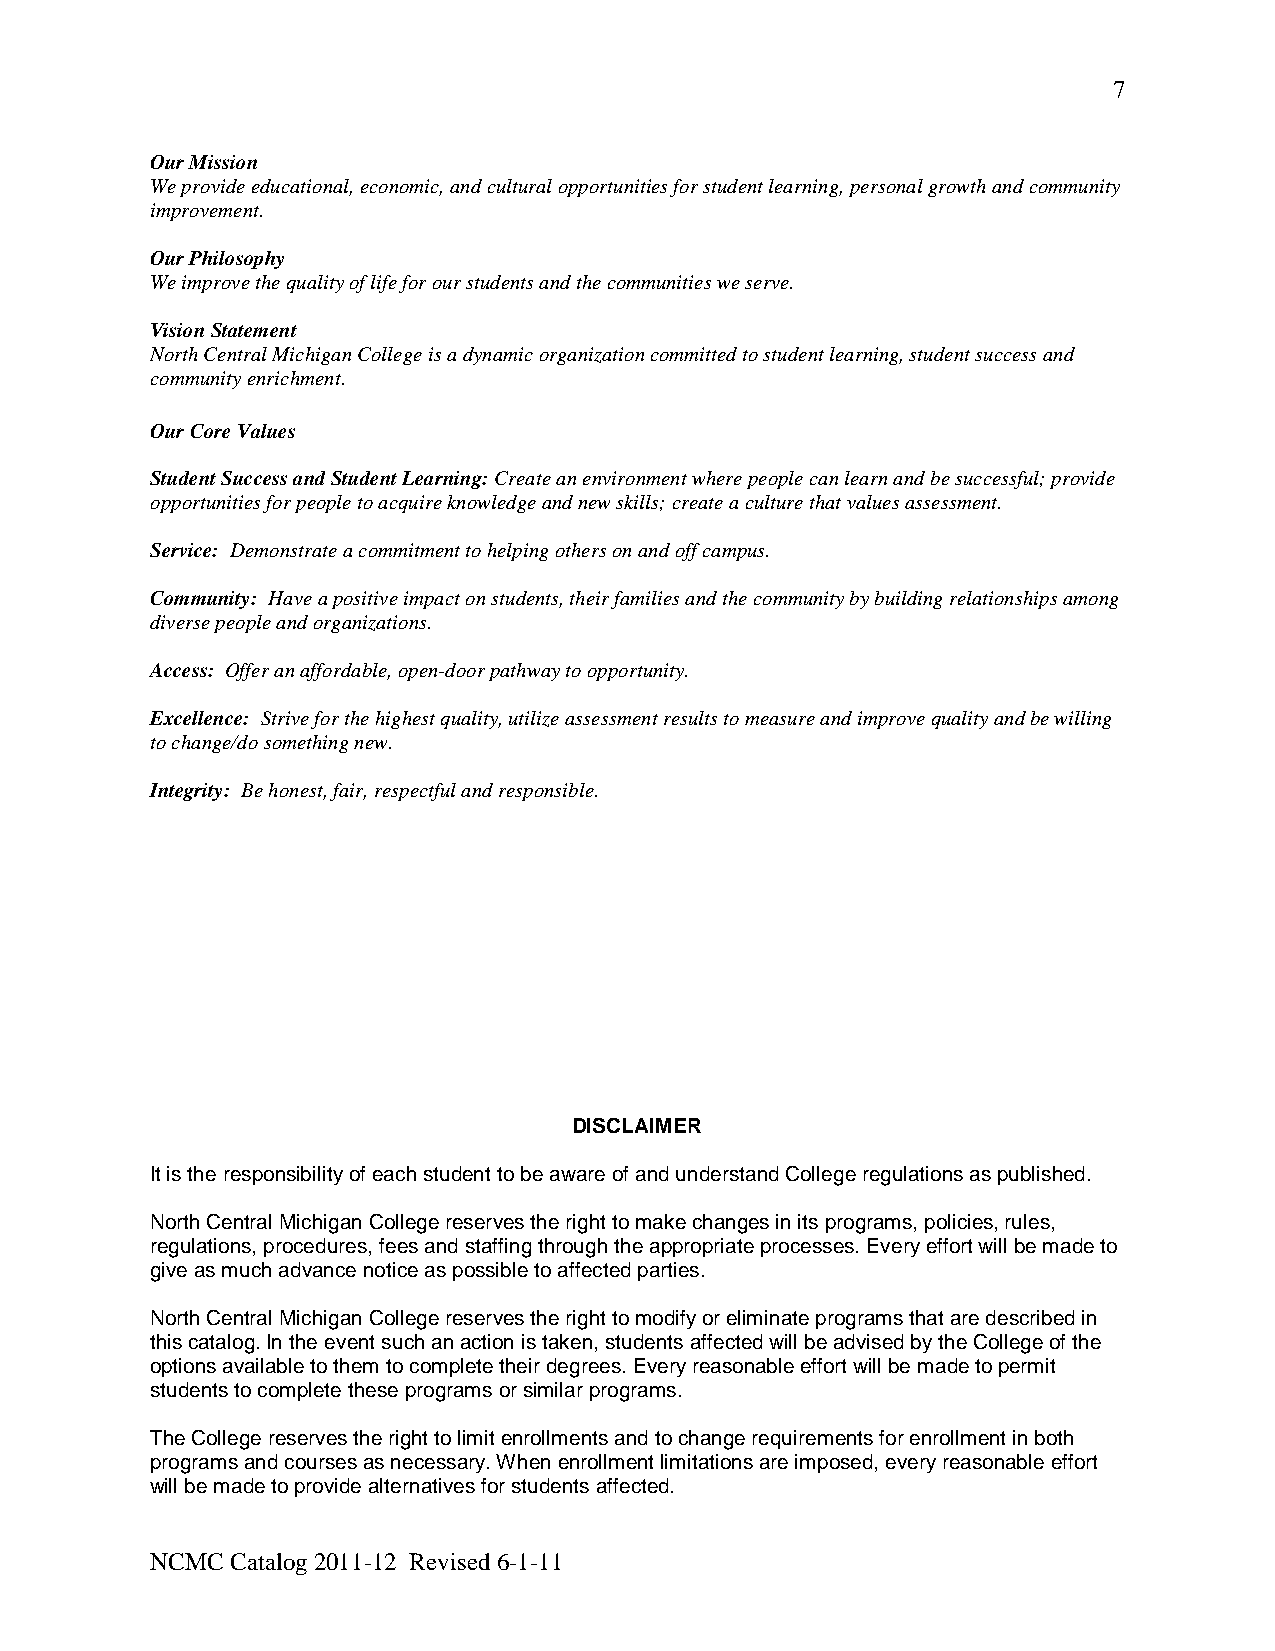
7
 Our Mission
 We provide educational, economic, and cultural opportunities for student learning, personal growth and community
 improvement.
 Our Philosophy
 We improve the quality of life for our students and the communities we serve.
 Vision Statement
 North Central Michigan College is a dynamic organization committed to student learning, student success and
 community enrichment.
 Our Core Values
 Student Success and Student Learning: Create an environment where people can learn and be successful; provide
 opportunities for people to acquire knowledge and new skills; create a culture that values assessment.
 Service: Demonstrate a commitment to helping others on and off campus.
 Community: Have a positive impact on students, their families and the community by building relationships among
 diverse people and organizations.
 Access: Offer an affordable, open-door pathway to opportunity.
 Excellence: Strive for the highest quality, utilize assessment results to measure and improve quality and be willing
 to change/do something new.
 Integrity: Be honest, fair, respectful and responsible.
 DISCLAIMER
 It is the responsibility of each student to be aware of and understand College regulations as published.
 North Central Michigan College reserves the right to make changes in its programs, policies, rules,
 regulations, procedures, fees and staffing through the appropriate processes. Every effort will be made to
 give as much advance notice as possible to affected parties.
 North Central Michigan College reserves the right to modify or eliminate programs that are described in
 this catalog. In the event such an action is taken, students affected will be advised by the College of the
 options available to them to complete their degrees. Every reasonable effort will be made to permit
 students to complete these programs or similar programs.
 The College reserves the right to limit enrollments and to change requirements for enrollment in both
 programs and courses as necessary. When enrollment limitations are imposed, every reasonable effort
 will be made to provide alternatives for students affected.
 NCMC Catalog 2011-12 Revised 6-1-11